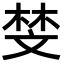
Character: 𫿱